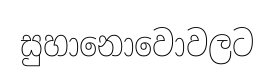
සුහානොවොවලට